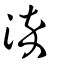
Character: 淬